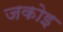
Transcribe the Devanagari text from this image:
जकोइ